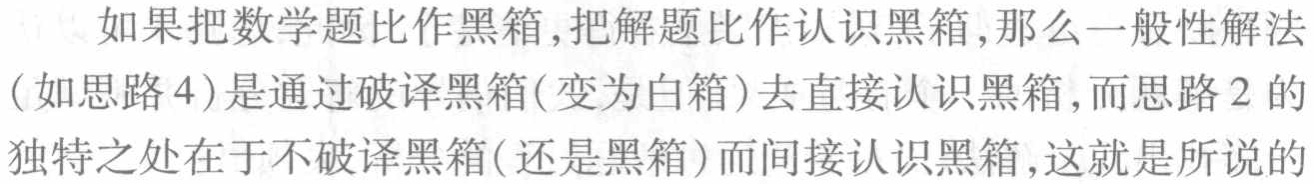
如果把数学题比作黑箱,把解题比作认识黑箱,那么一般性解法（如思路4）是通过破译黑箱(变为白箱)去直接认识黑箱,而思路2的独特之处在于不破译黑箱(还是黑箱)而间接认识黑箱,这就是所说的